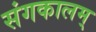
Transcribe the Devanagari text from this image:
संगकालम्